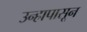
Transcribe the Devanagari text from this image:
उन्हापासून